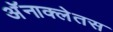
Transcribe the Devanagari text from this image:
अॅनाक्लेतस